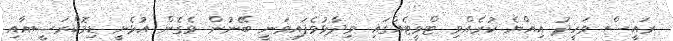
ރައީސް ވަހީދު އިއްޔެ ކުރެއްވި ޓްވީޓެއްގައި ވިދާޅުވެފައިވަނީ ބޭނުން ވެގެން އުޅެނީ ޑިމޮކްރަސީއާއި